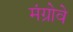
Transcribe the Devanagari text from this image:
मंग्रोवे